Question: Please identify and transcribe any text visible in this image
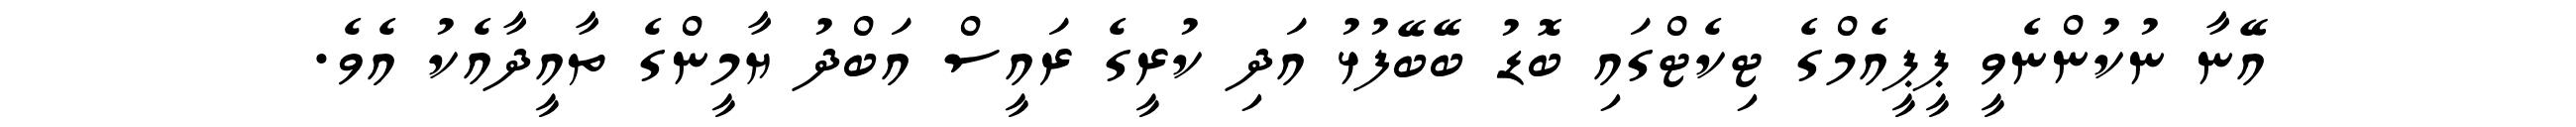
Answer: އޭނާ ނުކުންނެވީ ޕީޕީއެމްގެ ޓިކެޓްގައި ބޮޑު ބޭބޭފުޅު އަދި ކުރީގެ ރައީސް އަބްދު ޔާމީންގެ ތާއީދާއެކު އެވެ.